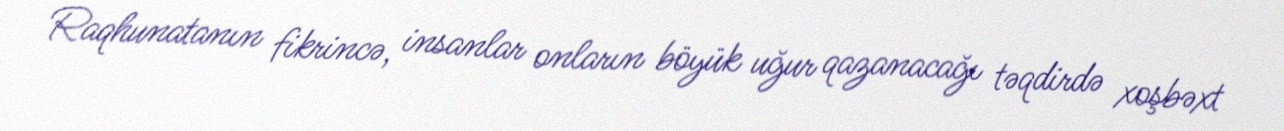
Raqhunatanın fikrincə, insanlar onların böyük uğur qazanacağı təqdirdə xoşbəxt